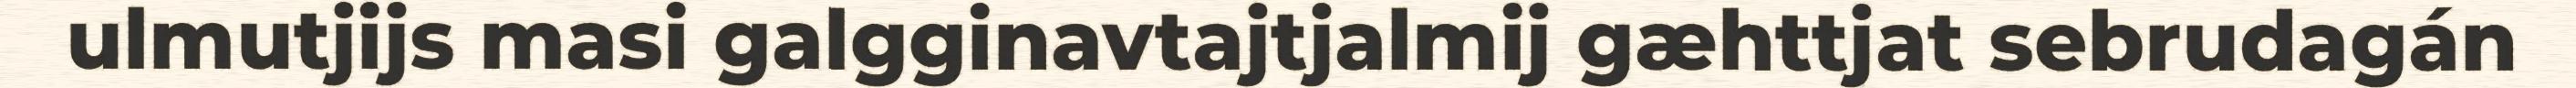
ulmutjijs masi galgginavtajtjalmij gæhttjat sebrudagán